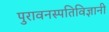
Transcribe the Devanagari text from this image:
पुरावनस्पतिविज्ञानी